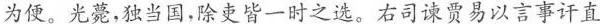
为便。光薨，独当国，除吏皆一时之选。右司谏贾易以言事讦直